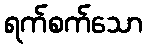
ရက်စက်သော